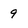
Character: 9